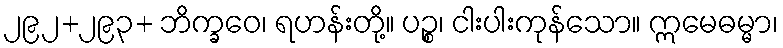
၂၉၂+၂၉၃+ ဘိက္ခဝေ၊ ရဟန်းတို့။ ပဉ္စ၊ ငါးပါးကုန်သော။ ဣမေဓမ္မာ၊